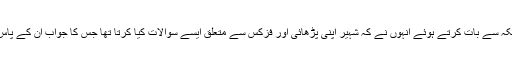
وائس آف امریکہ سے بات کرتے ہوئے انہوں نے کہ شہیر اپنی پڑھائی اور فزکس سے متعلق ایسے سوالات کیا کرتا تھا جس کا جواب ان کے پاس نہیں ہوتا تھا۔